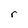
Character: r